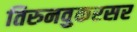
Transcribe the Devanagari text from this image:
तिरुनवुकरसर